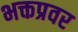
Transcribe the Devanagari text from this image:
भक्तप्रवर